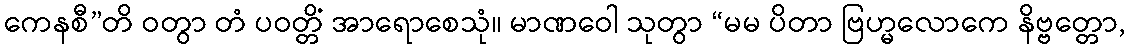
ကေနစီ”တိ ဝတွာ တံ ပဝတ္တိံ အာရောစေသုံ။ မာဏဝေါ သုတွာ “မမ ပိတာ ဗြဟ္မလောကေ နိဗ္ဗတ္တော,